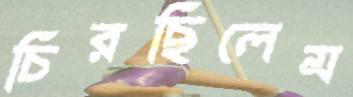
চিরছিলেম